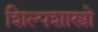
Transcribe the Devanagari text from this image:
शिल्पशास्त्रो